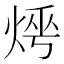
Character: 𤈰